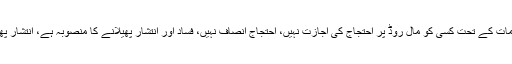
وزیر قانون پنجاب نے مزید کہا کہ ہائیکورٹ کے احکامات کے تحت کسی کو مال روڈ پر احتجاج کی اجازت نہیں، احتجاج انصاف نہیں، فساد اور انتشار پھیلانے کا منصوبہ ہے، انتشار پھیلانے والے کس کے ایجنڈے پر ہیں، یہ ڈھکا چھپا نہیں۔